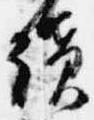
続